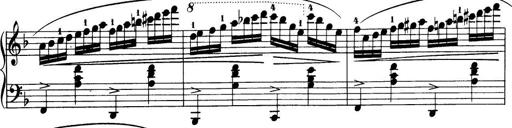
Title: 32 Sonatinas and Rondos for the Piano
Composer: Richard Kleinmichel